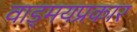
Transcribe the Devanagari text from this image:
वाड्मयप्रकार